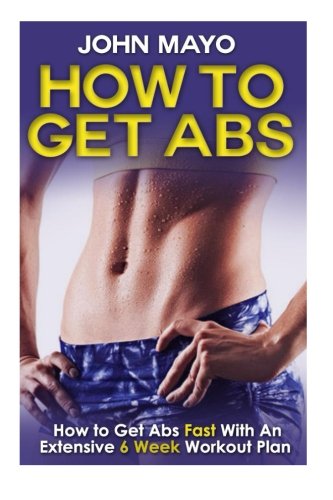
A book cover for How To Get Abs: How to Get Abs Fast With An Extensive 6 Week Workout Plan (Flat Abs, How to Get Abs, How to Get Abs Fast); John Mayo; Health, Fitness & Dieting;